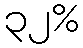
၃၂%